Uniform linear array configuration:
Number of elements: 8
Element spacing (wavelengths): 0.5
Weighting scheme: kaiser
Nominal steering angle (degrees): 30
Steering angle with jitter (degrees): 31.463
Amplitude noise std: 0.05
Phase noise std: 0.05

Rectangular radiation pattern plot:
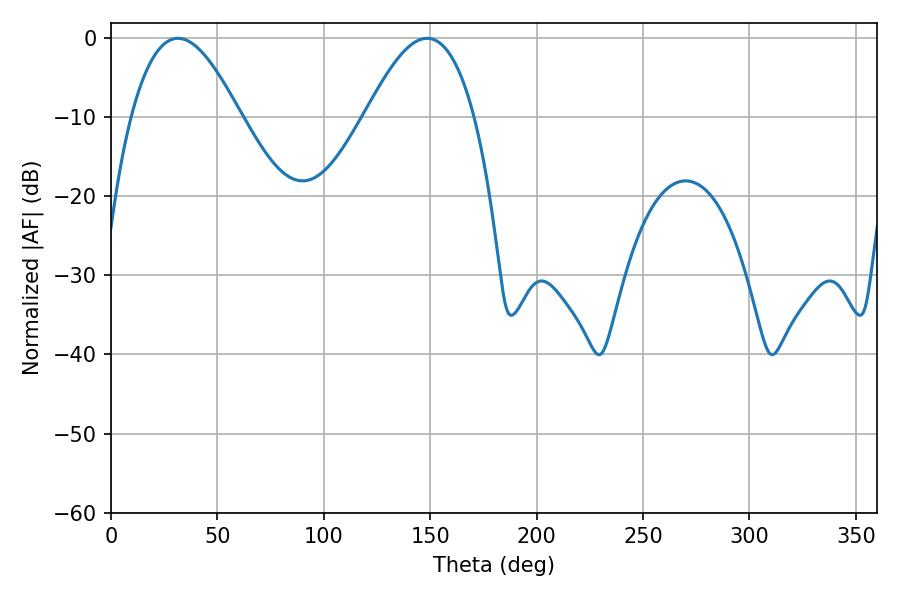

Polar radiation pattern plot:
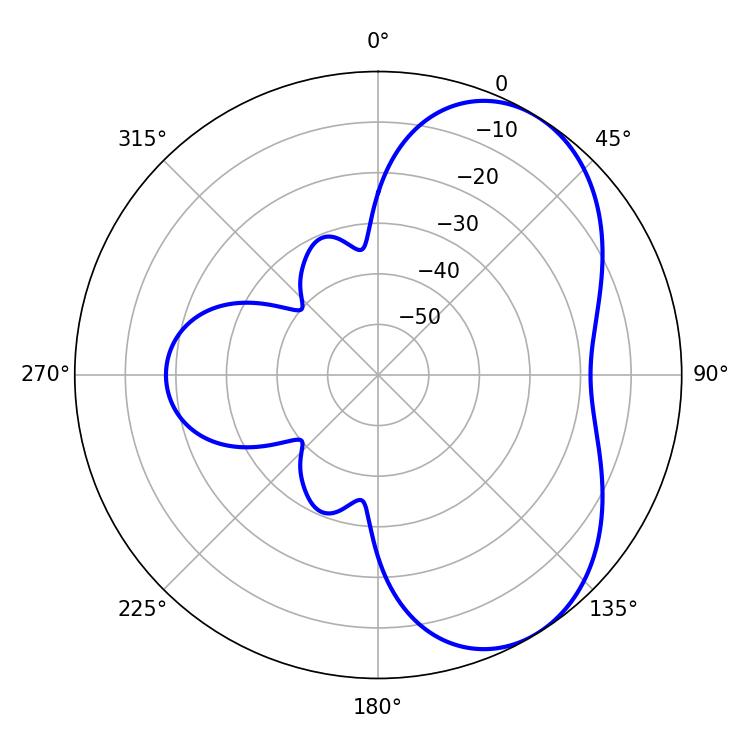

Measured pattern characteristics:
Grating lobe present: FALSE
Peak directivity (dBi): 5.369
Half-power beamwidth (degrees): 27.72
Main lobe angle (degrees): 31.5